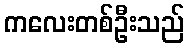
ကလေးတစ်ဦးသည်